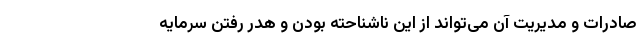
صادرات و مدیریت آن می‌تواند از این ناشناحته بودن و هدر رفتن سرمایه